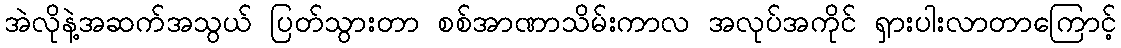
အဲလိုနဲ့အဆက်အသွယ် ပြတ်သွားတာ စစ်အာဏာသိမ်းကာလ အလုပ်အကိုင် ရှားပါးလာတာကြောင့်